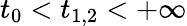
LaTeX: t_{0}<t_{1,2}<+\infty